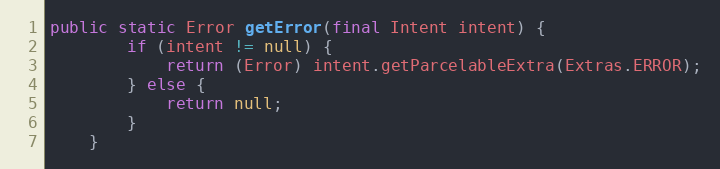
Language: Java
public static Error getError(final Intent intent) {
		if (intent != null) {
			return (Error) intent.getParcelableExtra(Extras.ERROR);
		} else {
			return null;
		}
	}